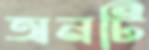
অনটি